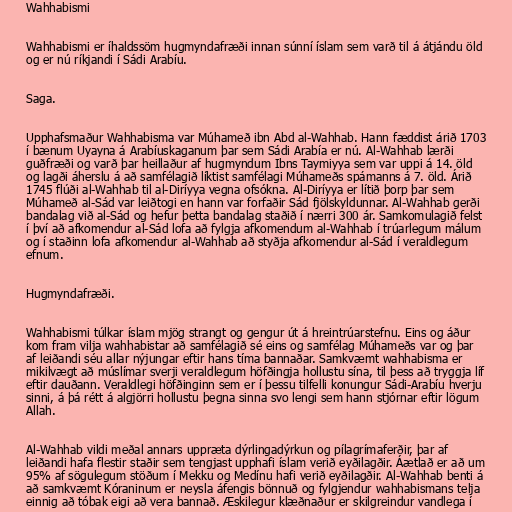
Wahhabismi

Wahhabismi er íhaldssöm hugmyndafræði innan súnní íslam sem varð til á átjándu öld
og er nú ríkjandi í Sádi Arabíu.

Saga.

Upphafsmaður Wahhabisma var Múhameð ibn Abd al-Wahhab. Hann fæddist árið 1703
í bænum Uyayna á Arabíuskaganum þar sem Sádi Arabía er nú. Al-Wahhab lærði
guðfræði og varð þar heillaður af hugmyndum Ibns Taymiyya sem var uppi á 14. öld
og lagði áherslu á að samfélagið líktist samfélagi Múhameðs spámanns á 7. öld. Árið
1745 flúði al-Wahhab til al-Diríyya vegna ofsókna. Al-Diríyya er lítið þorp þar sem
Múhameð al-Sád var leiðtogi en hann var forfaðir Sád fjölskyldunnar. Al-Wahhab gerði
bandalag við al-Sád og hefur þetta bandalag staðið í nærri 300 ár. Samkomulagið felst
í því að afkomendur al-Sád lofa að fylgja afkomendum al-Wahhab í trúarlegum málum
og í staðinn lofa afkomendur al-Wahhab að styðja afkomendur al-Sád í veraldlegum
efnum.

Hugmyndafræði.

Wahhabismi túlkar íslam mjög strangt og gengur út á hreintrúarstefnu. Eins og áður
kom fram vilja wahhabistar að samfélagið sé eins og samfélag Múhameðs var og þar
af leiðandi séu allar nýjungar eftir hans tíma bannaðar. Samkvæmt wahhabisma er
mikilvægt að múslímar sverji veraldlegum höfðingja hollustu sína, til þess að tryggja líf
eftir dauðann. Veraldlegi höfðinginn sem er í þessu tilfelli konungur Sádi-Arabíu hverju
sinni, á þá rétt á algjörri hollustu þegna sinna svo lengi sem hann stjórnar eftir lögum
Allah.

Al-Wahhab vildi meðal annars uppræta dýrlingadýrkun og pílagrímaferðir, þar af
leiðandi hafa flestir staðir sem tengjast upphafi íslam verið eyðilagðir. Áætlað er að um
95% af sögulegum stöðum í Mekku og Medínu hafi verið eyðilagðir. Al-Wahhab benti á
að samkvæmt Kóraninum er neysla áfengis bönnuð og fylgjendur wahhabismans telja
einnig að tóbak eigi að vera bannað. Æskilegur klæðnaður er skilgreindur vandlega í